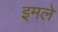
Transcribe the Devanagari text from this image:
इमले